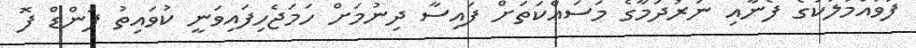
ފުވައްމުލަކުގެ ފެނާއި ނަރުދަމާގެ މަސައްކަތަށް ފައިސާ ދިނުމަށް ހަމަޖެހިފައިވަނީ ކުވައިތު ފަންޑް ފޮ